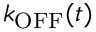
k _ { \mathrm { O F F } } ( t )